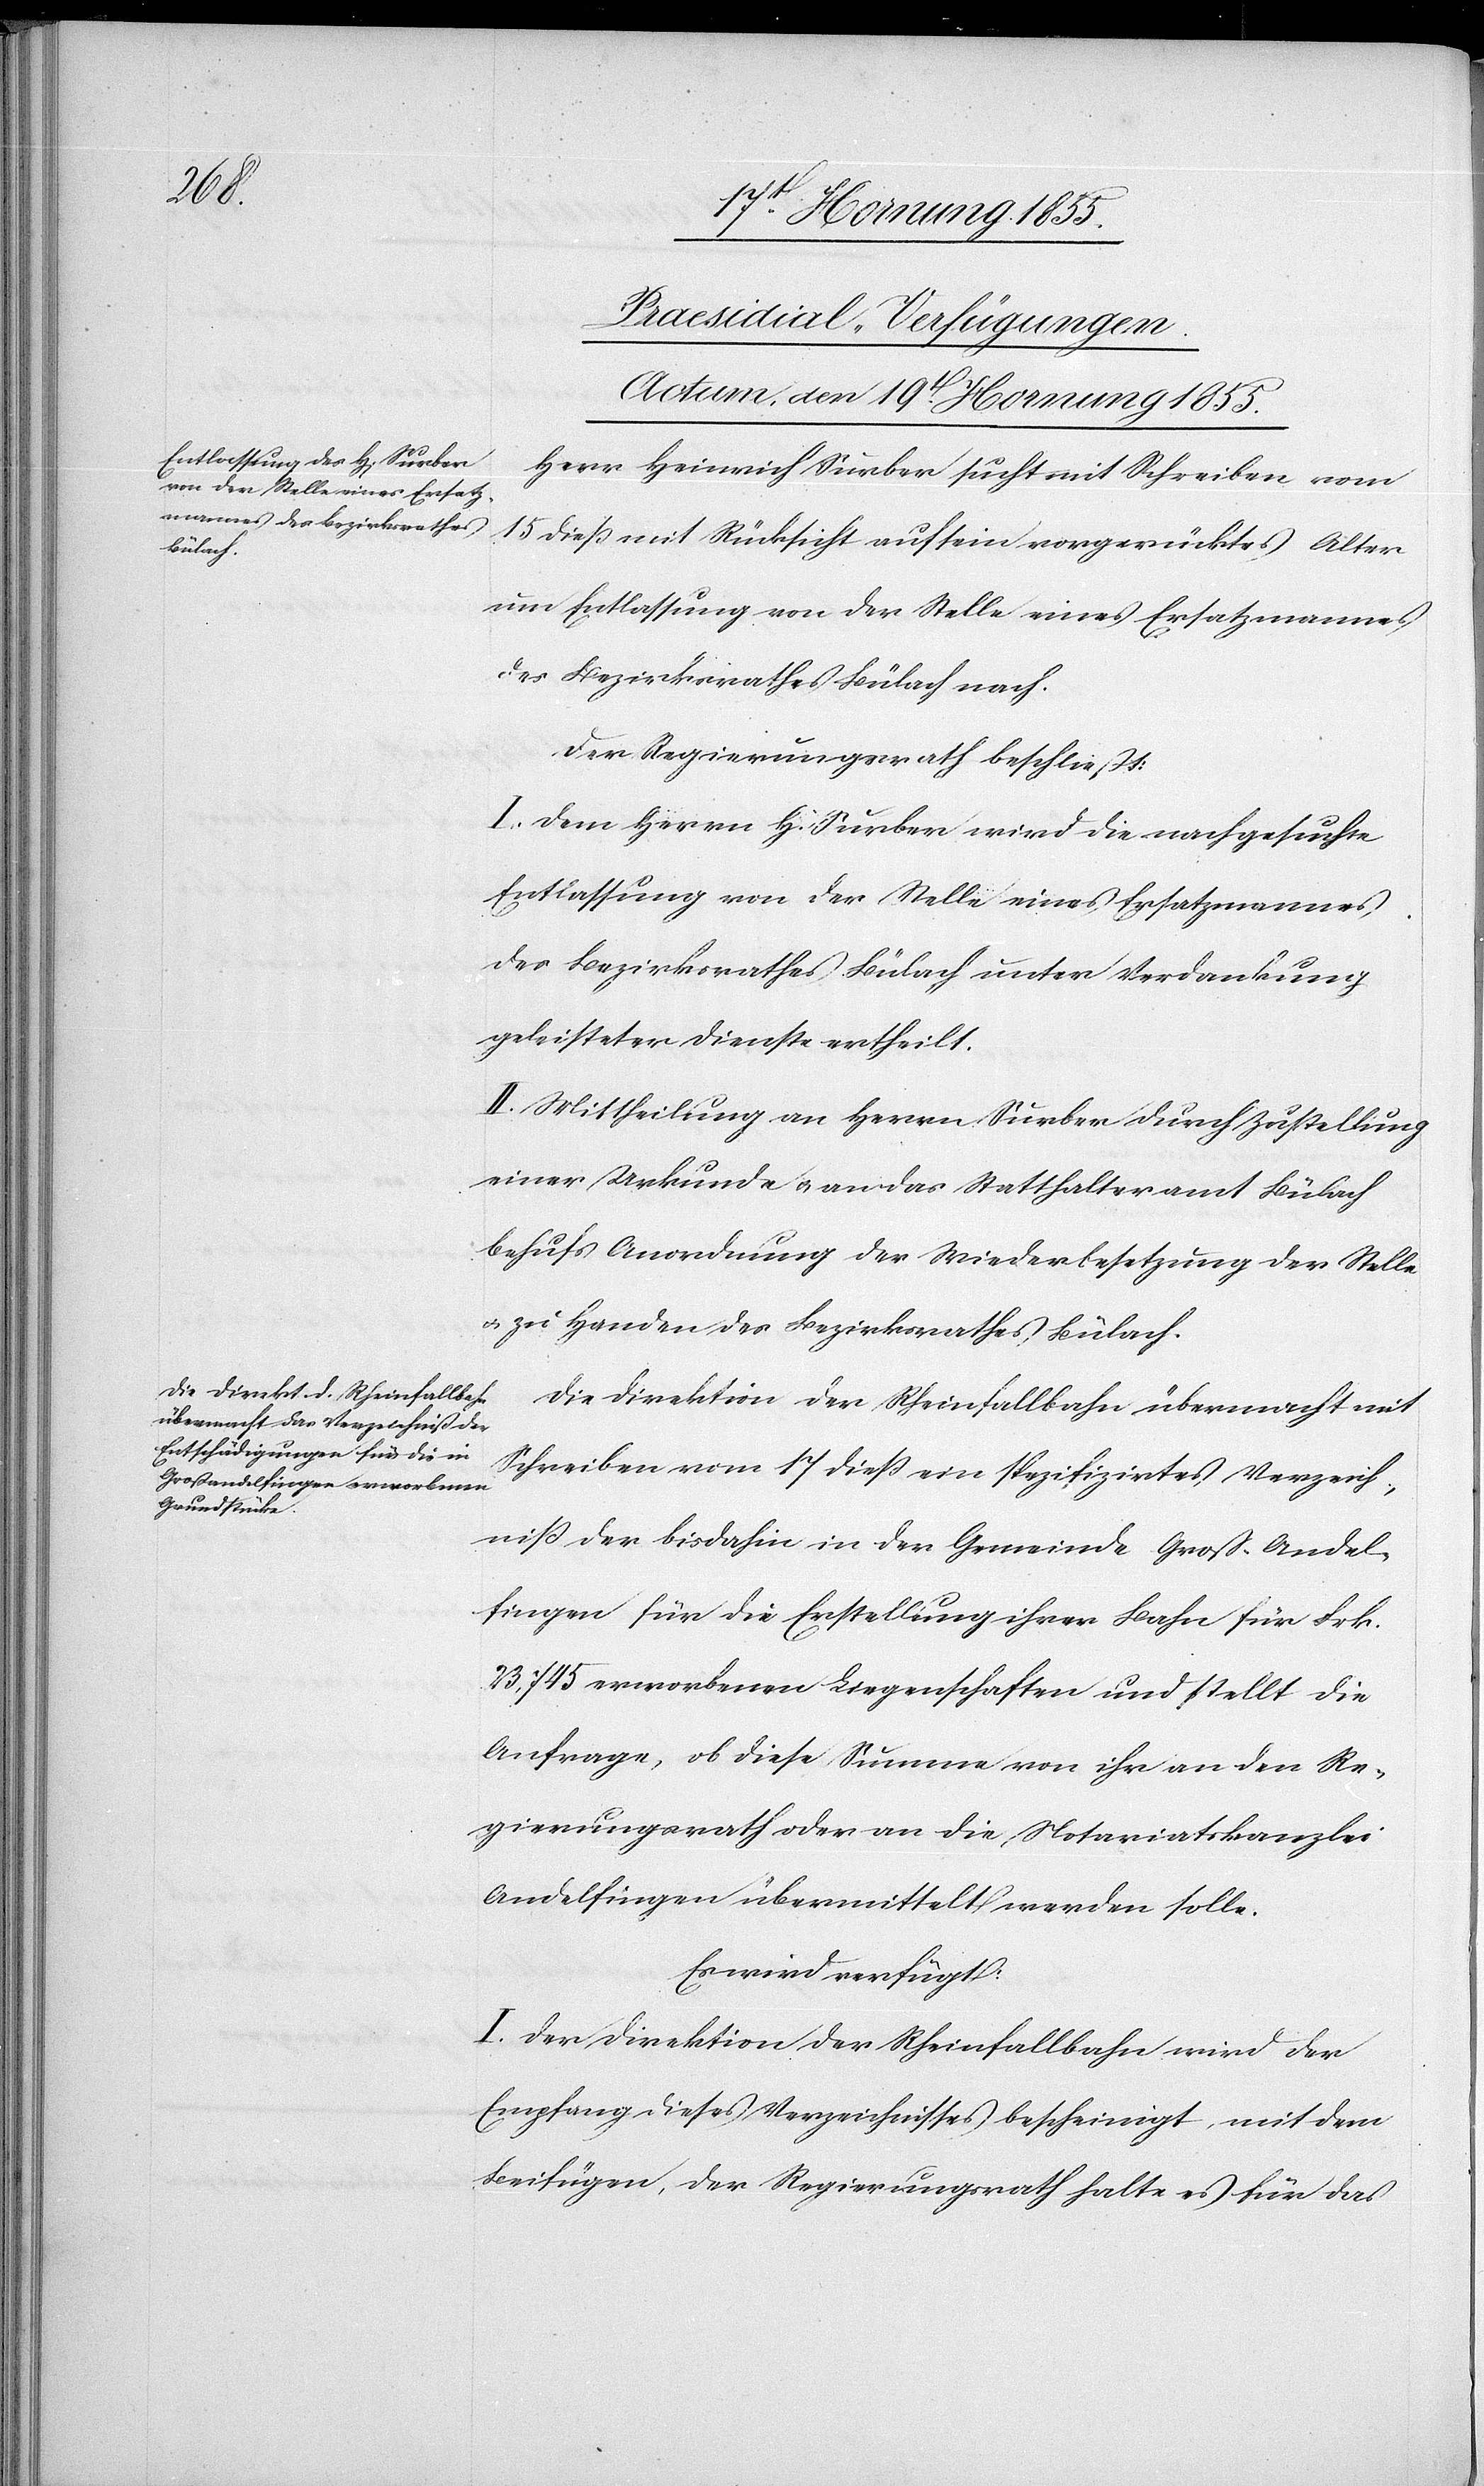
[Praesidial-Verfügungen.
Actum, den 19t[en]. Hornung 1855.]
Herr Heinrich Surber sucht mit Schreiben vom
15 dieß mit Rücksicht auf sein vorgerücktes Alter
um Entlassung von der Stelle eines Ersatzmannes
des Bezirksrathes Bülach nach.
Der Regierungsrath beschließt:
I. Dem Herrn H. Surber wird die nachgesuchte
Entlassung von der Stelle eines Ersatzmannes
des Bezirksrathes Bülach unter Verdankung
geleisteter Dienste ertheilt.
II. Mittheilung an Herrn Surber durch Zustellung
einer Urkunde & an das Statthalteramt Bülach
behufs Anordnung der Wiederbesetzung der Stelle
& zu Handen des Bezirksrathes Bülach.
Die Direktion der Rheinfallbahn übermacht mit
Schreiben vom 17 dieß ein spezifizirtes Verzeich¬
niß der bisdahin in der Gemeinde Groß-Andel¬
fingen für die Erstellung ihrer Bahn für Frk.
23,745 erworbenen Liegenschaften und stellt die
Anfrage, ob diese Summe von ihr an den Re¬
gierungsrath oder an die Notariatskanzlei
Andelfingen übermittelt werden solle.
Es wird verfügt:
I. Der Direktion der Rheinfallbahn wird der
Empfang dieses Verzeichnisses bescheinigt, mit dem
Beifügen, der Regierungsrath halte es für das